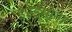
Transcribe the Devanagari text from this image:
डेस्डेमोना